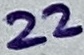
Text: 22